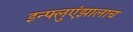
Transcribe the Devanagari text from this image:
इन्फ्लुएंझालाच